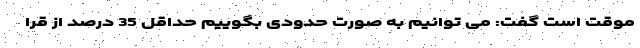
موقت است گفت: می توانیم به صورت حدودی بگوییم حداقل 35 درصد از قرا